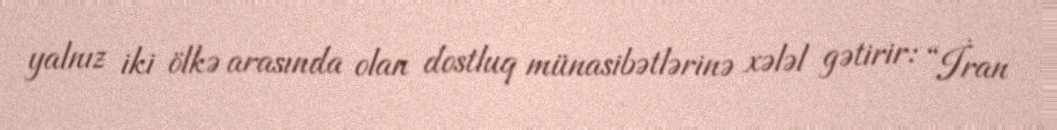
yalnız iki ölkə arasında olan dostluq münasibətlərinə xələl gətirir: “İran